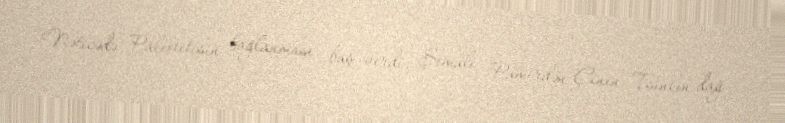
Nəticədə Paleotetisin bağlanması baş verdi, Şimali Pamirdən Çinin Tsinlin dağ